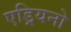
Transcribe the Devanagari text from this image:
एड्रियनो